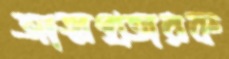
আত্মপ্রতারক